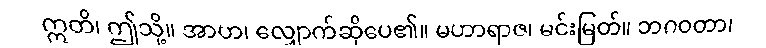
ဣတိ၊ ဤသို့။ အာဟ၊ လျှောက်ဆိုပေ၏။ မဟာရာဇ၊ မင်းမြတ်။ ဘဂဝတာ၊